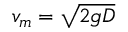
v _ { m } = { \sqrt { 2 g D } }